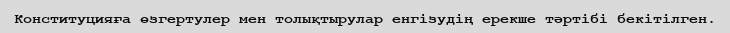
Конституцияға өзгертулер мен толықтырулар енгізудің ерекше тәртібі бекітілген.